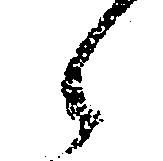
々